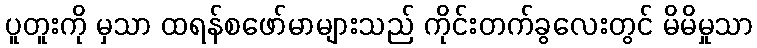
ပူတူးကို မှသာ ထရန်စဖော်မာများသည် ကိုင်းတက်ခွလေးတွင် မိမိမှုသာ